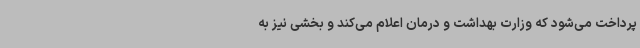
پرداخت می‌شود که وزارت بهداشت و درمان اعلام می‌کند و بخشی نیز به